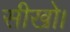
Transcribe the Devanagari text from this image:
सीखो।